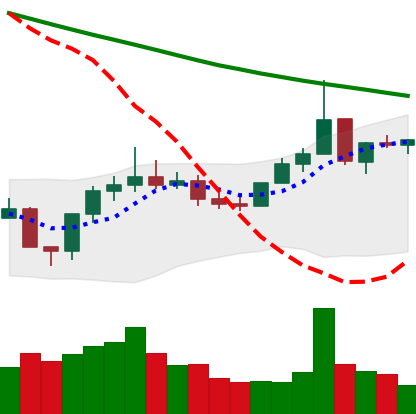
Ticker: XLM-USD
Chart end date: 2022-08-12
Forward return: -4.138%
Label: down_3_5